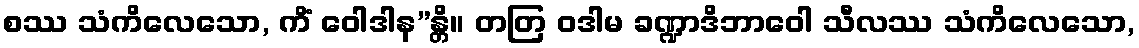
စဿ သံကိလေသော, ကိံ ဝေါဒါန”န္တိ။ တတြ ဝဒါမ ခဏ္ဍာဒိဘာဝေါ သီလဿ သံကိလေသော,